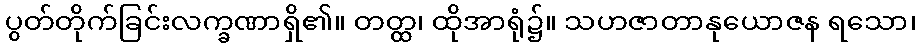
ပွတ်တိုက်ခြင်းလက္ခဏာရှိ၏။ တတ္ထ၊ ထိုအာရုံ၌။ သဟဇာတာနုယောဇန ရသော၊